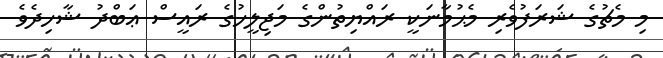
މި މެޗުގެ ޝަރަފުވެރި މެޙުމާނަކީ ރައްޔިތުންގެ މަޖިލީހުގެ ރައީސް ޢަބްދު ޝާހިދެވެ